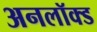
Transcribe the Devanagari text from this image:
अनलॉक्ड